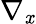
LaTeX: \nabla_{\mathit{x}}